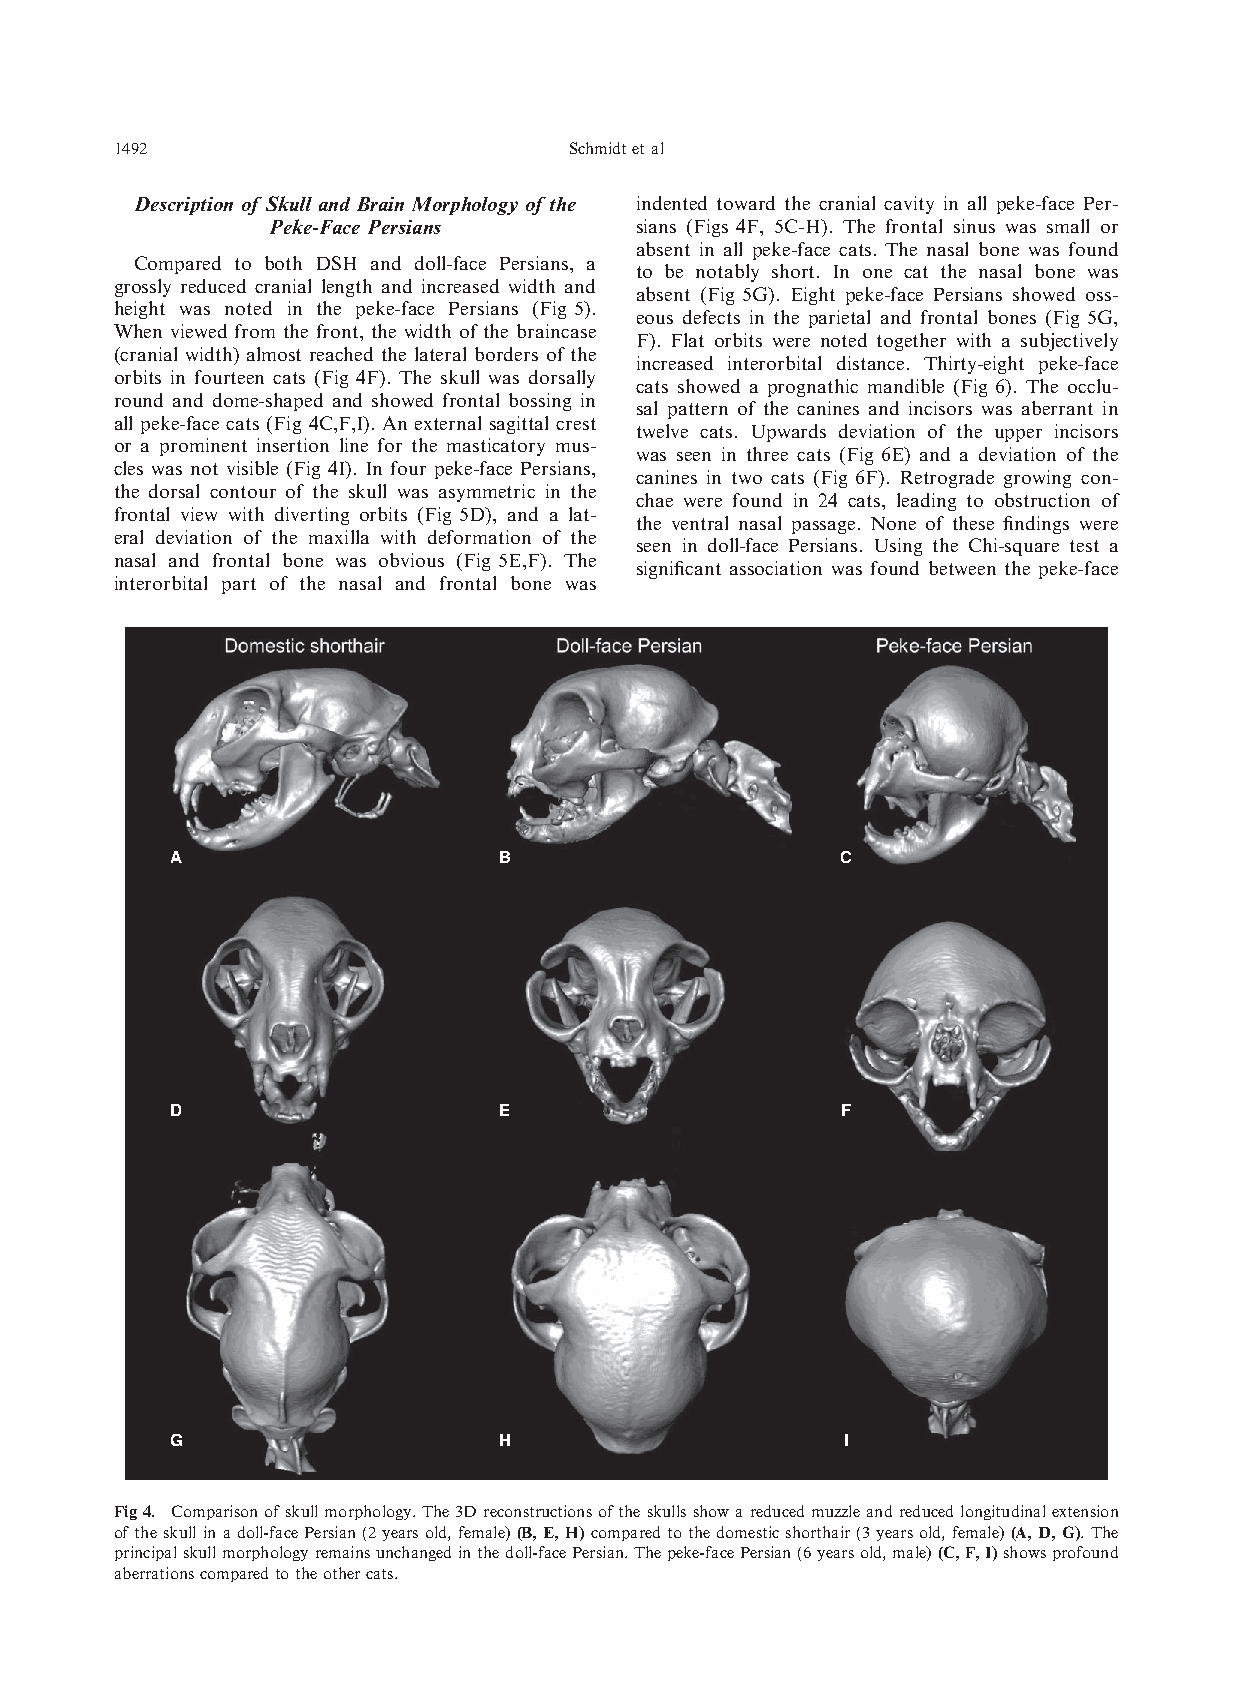
1492                          Schmidtetal
 Description of Skull and Brain Morphology of the indented toward the cranial cavity in all peke-face Per-
 Peke-Face Persians      sians (Figs 4F, 5C-H). The frontal sinus was small or
 absent in all peke-face cats. The nasal bone was found
 Compared to both DSH and doll-face Persians, a
 to be notably short. In one cat the nasal bone was
 grossly reduced cranial length and increased width and
 absent (Fig 5G). Eight peke-face Persians showed oss-
 height was noted in the peke-face Persians (Fig 5).
 eous defects in the parietal and frontal bones (Fig 5G,
 When viewed from the front, the width of the braincase
 F). Flat orbits were noted together with a subjectively
 (cranial width) almost reached the lateral borders of the
 increased interorbital distance. Thirty-eight peke-face
 orbits in fourteen cats (Fig 4F). The skull was dorsally
 cats showed a prognathic mandible (Fig 6). The occlu-
 round and dome-shaped and showed frontal bossing in
 sal pattern of the canines and incisors was aberrant in
 all peke-face cats (Fig 4C,F,I). An external sagittal crest
 twelve cats. Upwards deviation of the upper incisors
 or a prominent insertion line for the masticatory mus-
 was seen in three cats (Fig 6E) and a deviation of the
 cles was not visible (Fig 4I). In four peke-face Persians,
 canines in two cats (Fig 6F). Retrograde growing con-
 the dorsal contour of the skull was asymmetric in the
 chae were found in 24 cats, leading to obstruction of
 frontal view with diverting orbits (Fig 5D), and a lat-
 the ventral nasal passage. None of these findings were
 eral deviation of the maxilla with deformation of the
 seen in doll-face Persians. Using the Chi-square test a
 nasal and frontal bone was obvious (Fig 5E,F). The
 significant association was found between the peke-face
 interorbital part of the nasal and frontal bone was
 A                     B                      C
 D                     E                      F
 G                     H                      I
 Fig4. Comparisonofskullmorphology.The3Dreconstructionsoftheskullsshowareducedmuzzleandreducedlongitudinalextension
 oftheskullinadoll-facePersian(2yearsold,female)(B,E,H)comparedtothedomesticshorthair(3yearsold,female)(A,D,G).The
 principalskullmorphologyremainsunchangedinthedoll-facePersian.Thepeke-facePersian(6yearsold,male)(C,F,I)showsprofound
 aberrationscomparedtotheothercats.